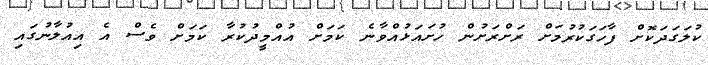
ކުލަގަދަކޮށް ފާހަގަކުރުމަށް ރަށްރަށުން ހުށައަޅުއްވާނެ ކަމަށް އުއްމީދުކުރާ ކަމަށް ވެސް އެ އިއުލާނުގައި